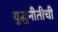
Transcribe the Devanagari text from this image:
युद्धनीतीची